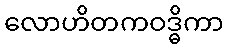
လောဟိတကဝဒ္ဓိကာ